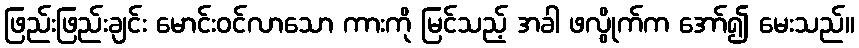
ဖြည်းဖြည်းချင်း မောင်းဝင်လာသော ကားကို မြင်သည့် အခါ ဖလွိုက်က အော်၍ မေးသည်။